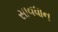
સાવધાન